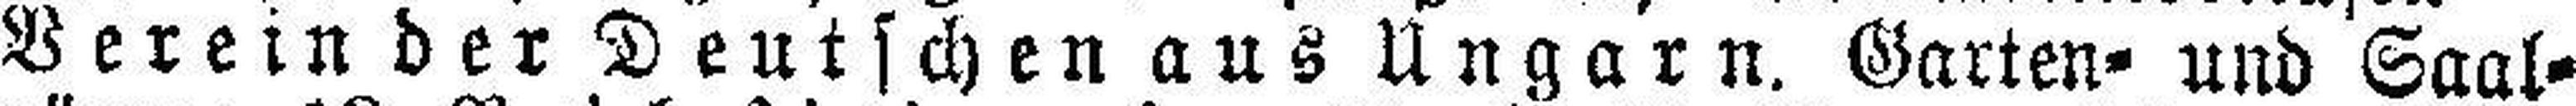
Verein der Deutschen aus Ungarn. Garten- und Saal¬